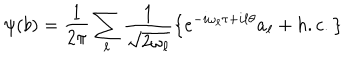
\psi ( b ) = \frac { 1 } { 2 \pi } \sum _ { \ell } \frac { 1 } { \sqrt { 2 \omega _ { \ell } } } \left\lbrace e ^ { - i \omega _ { \ell } \tau + i \ell \theta } a _ { \ell } + h . c . \right\rbrace